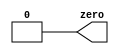
//
//
// https://hdlbits.01xz.net/wiki/Zero
//
//

`default_nettype none

module top_module (
    output  zero
);

    assign zero = 1'b0;

endmodule